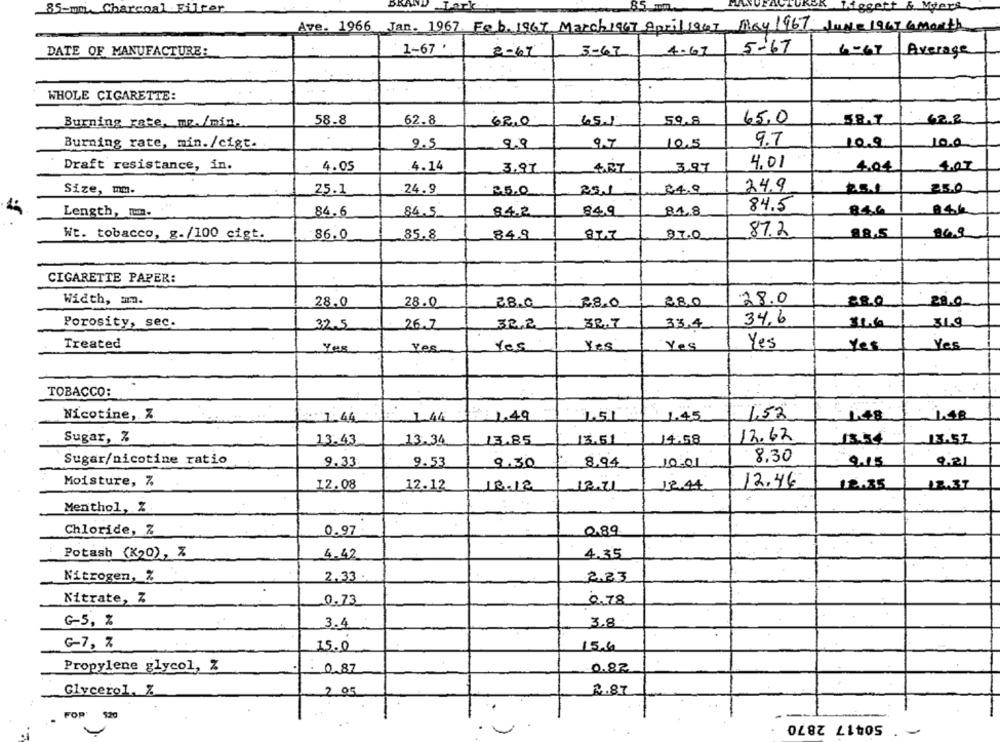
85-mm Charcoal Filter
Ave. 1966 Jan. 1967. Feb. 1967 March1967 April1947 Moy1967
June 1967 a month
DATE OF MANUFACTURE:
1-67 '
2-67
3-67
4.62
5-67
4-67 |Average
WHOLE CIGARETTE:
62.2
Burning rate, mp. /min.
58.8
62.8
62.0
651
59.8
65,0
58.7
9.7
10.0
Burning rate, min./cigt.
9.5
9.9
97
10.5
109
4.01
Draft resistance, in.
4.05
4.14
3.97
4.87
3.97
4.04
4.07
Size, mm.
25.1
24.9
25.0
2.4.9
24.9
25.1
250
84.5
Length, mm.
84.6
84.5
84.2
84.9
84.8
84.6
87.2
Wt. tobacco, g./100 cigt.
86.0
85.8
84.9
877
97.0
88,5
CIGARETTE PAPER:
Width, mm.
28.0
28.0
28.0
38.0
280
28.0
280
34.6
Porosity, sec.
32.5
26.7
32.2
3R.7
33,4
31.9
Treated
Yes
Yes
Yes
Yes
Yes
Yes
Yes
Yes
TOBACCO:
Nicotine, Z
1,53
1.48
1.48
7:44
144
1.49
L51
1.45
Sugar, %
12.62
13.43
13.34
13.85
13.51
14:58
13.54
13.57
Sugar/nicotine ratio
8.30
9.33
9.53
9.30
8,94
10:01
9.31
Moisture, Z
12.08
12.12
18.12
12.21
18.44
12.46
12.35
12.37
Menthol, Z
Chloride, %
0.97
0.89
Potash (K20), Z
4.42
4.35
Nitrogen, %
2.33
2.23
Nitrate, Z
0.73
0.78
G-5, %
3.4
3.8
G-7, %
15.6
15.0
Propylene glycol, Z
0.87
0.82
Glycerol, Z
2.05
2.87
FOR'
920